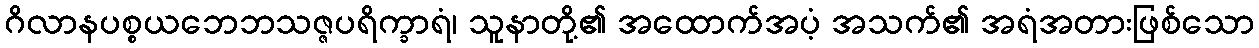
ဂိလာနပစ္စယဘေဘသဇ္ဇပရိက္ခာရံ၊ သူနာတို့၏ အထောက်အပံ့ အသက်၏ အရံအတားဖြစ်သော